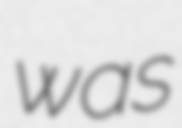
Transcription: was